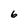
Character: 6